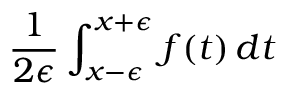
{ \frac { 1 } { 2 \epsilon } } \int _ { x - \epsilon } ^ { x + \epsilon } f ( t ) \, d t